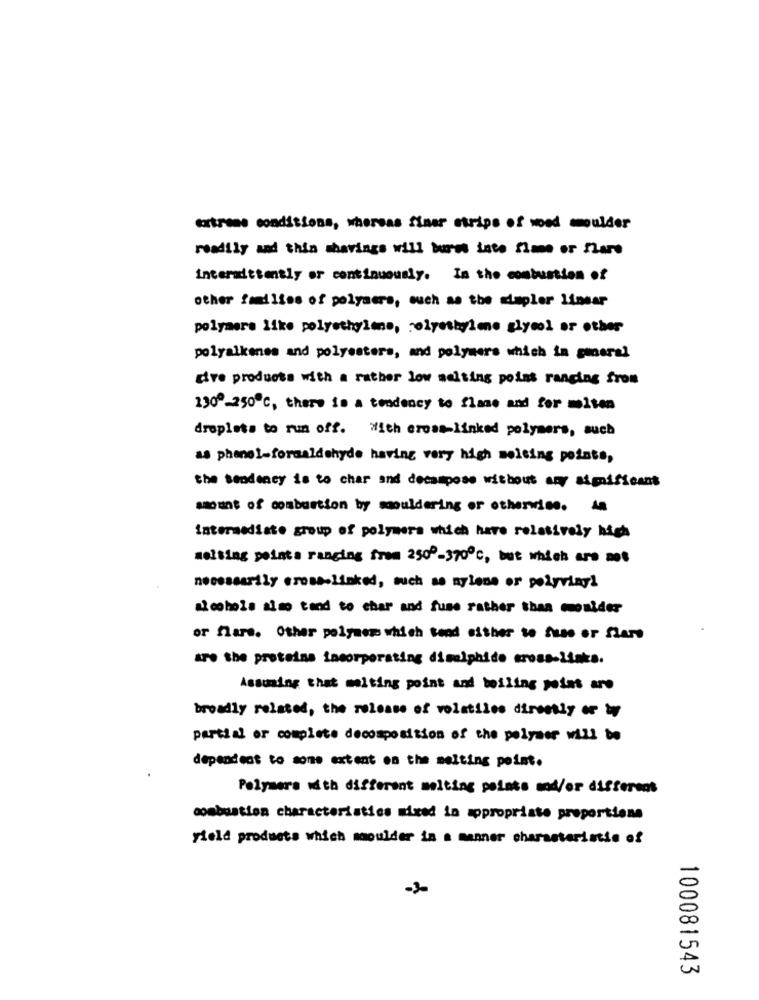
extreme conditions, whereas finer strips of wood moulder
readily and thin shavings will bures into flame or fare
interattently or continuously. In the combustion of
other families of polysers, such as the simpler linear
polymere like polyethylene, relyeshylene glycol or other
polyalkenes and polyesters, and polymers which in general
dire products with a rather low melting point ranging from
1309-250℃, there is a tendency to flame and for miten
droplets to run off. With cross-linked polymers, such
as phone !- formaldehyde having very high melting points,
the sendency is to char and decampose without any significant
amount of combustion by smouldering or otherwise. An
intermediate group of polymera which have relatively high
melting pointa ranging from 2500-370ºc, but which are not
necessarily cross-linked, such as mylene or polyvinyl
alcohols also tand to char and fuse rather than moulder
or flare. Other polymer which tood either to fuse or flare
are the proteins incorporating diselphide cross-links.
Assuming that melting point and boiling point are
broadly related, the release of volatiles directly or by
partial or complete decomposition of the polymer will be
dependent to some extent on the melting point.
Polymers with different melting points and/or different
combustion characteristics mixed ia appropriate proportiona
yield products which moulder in a manner characteristic of
100081543